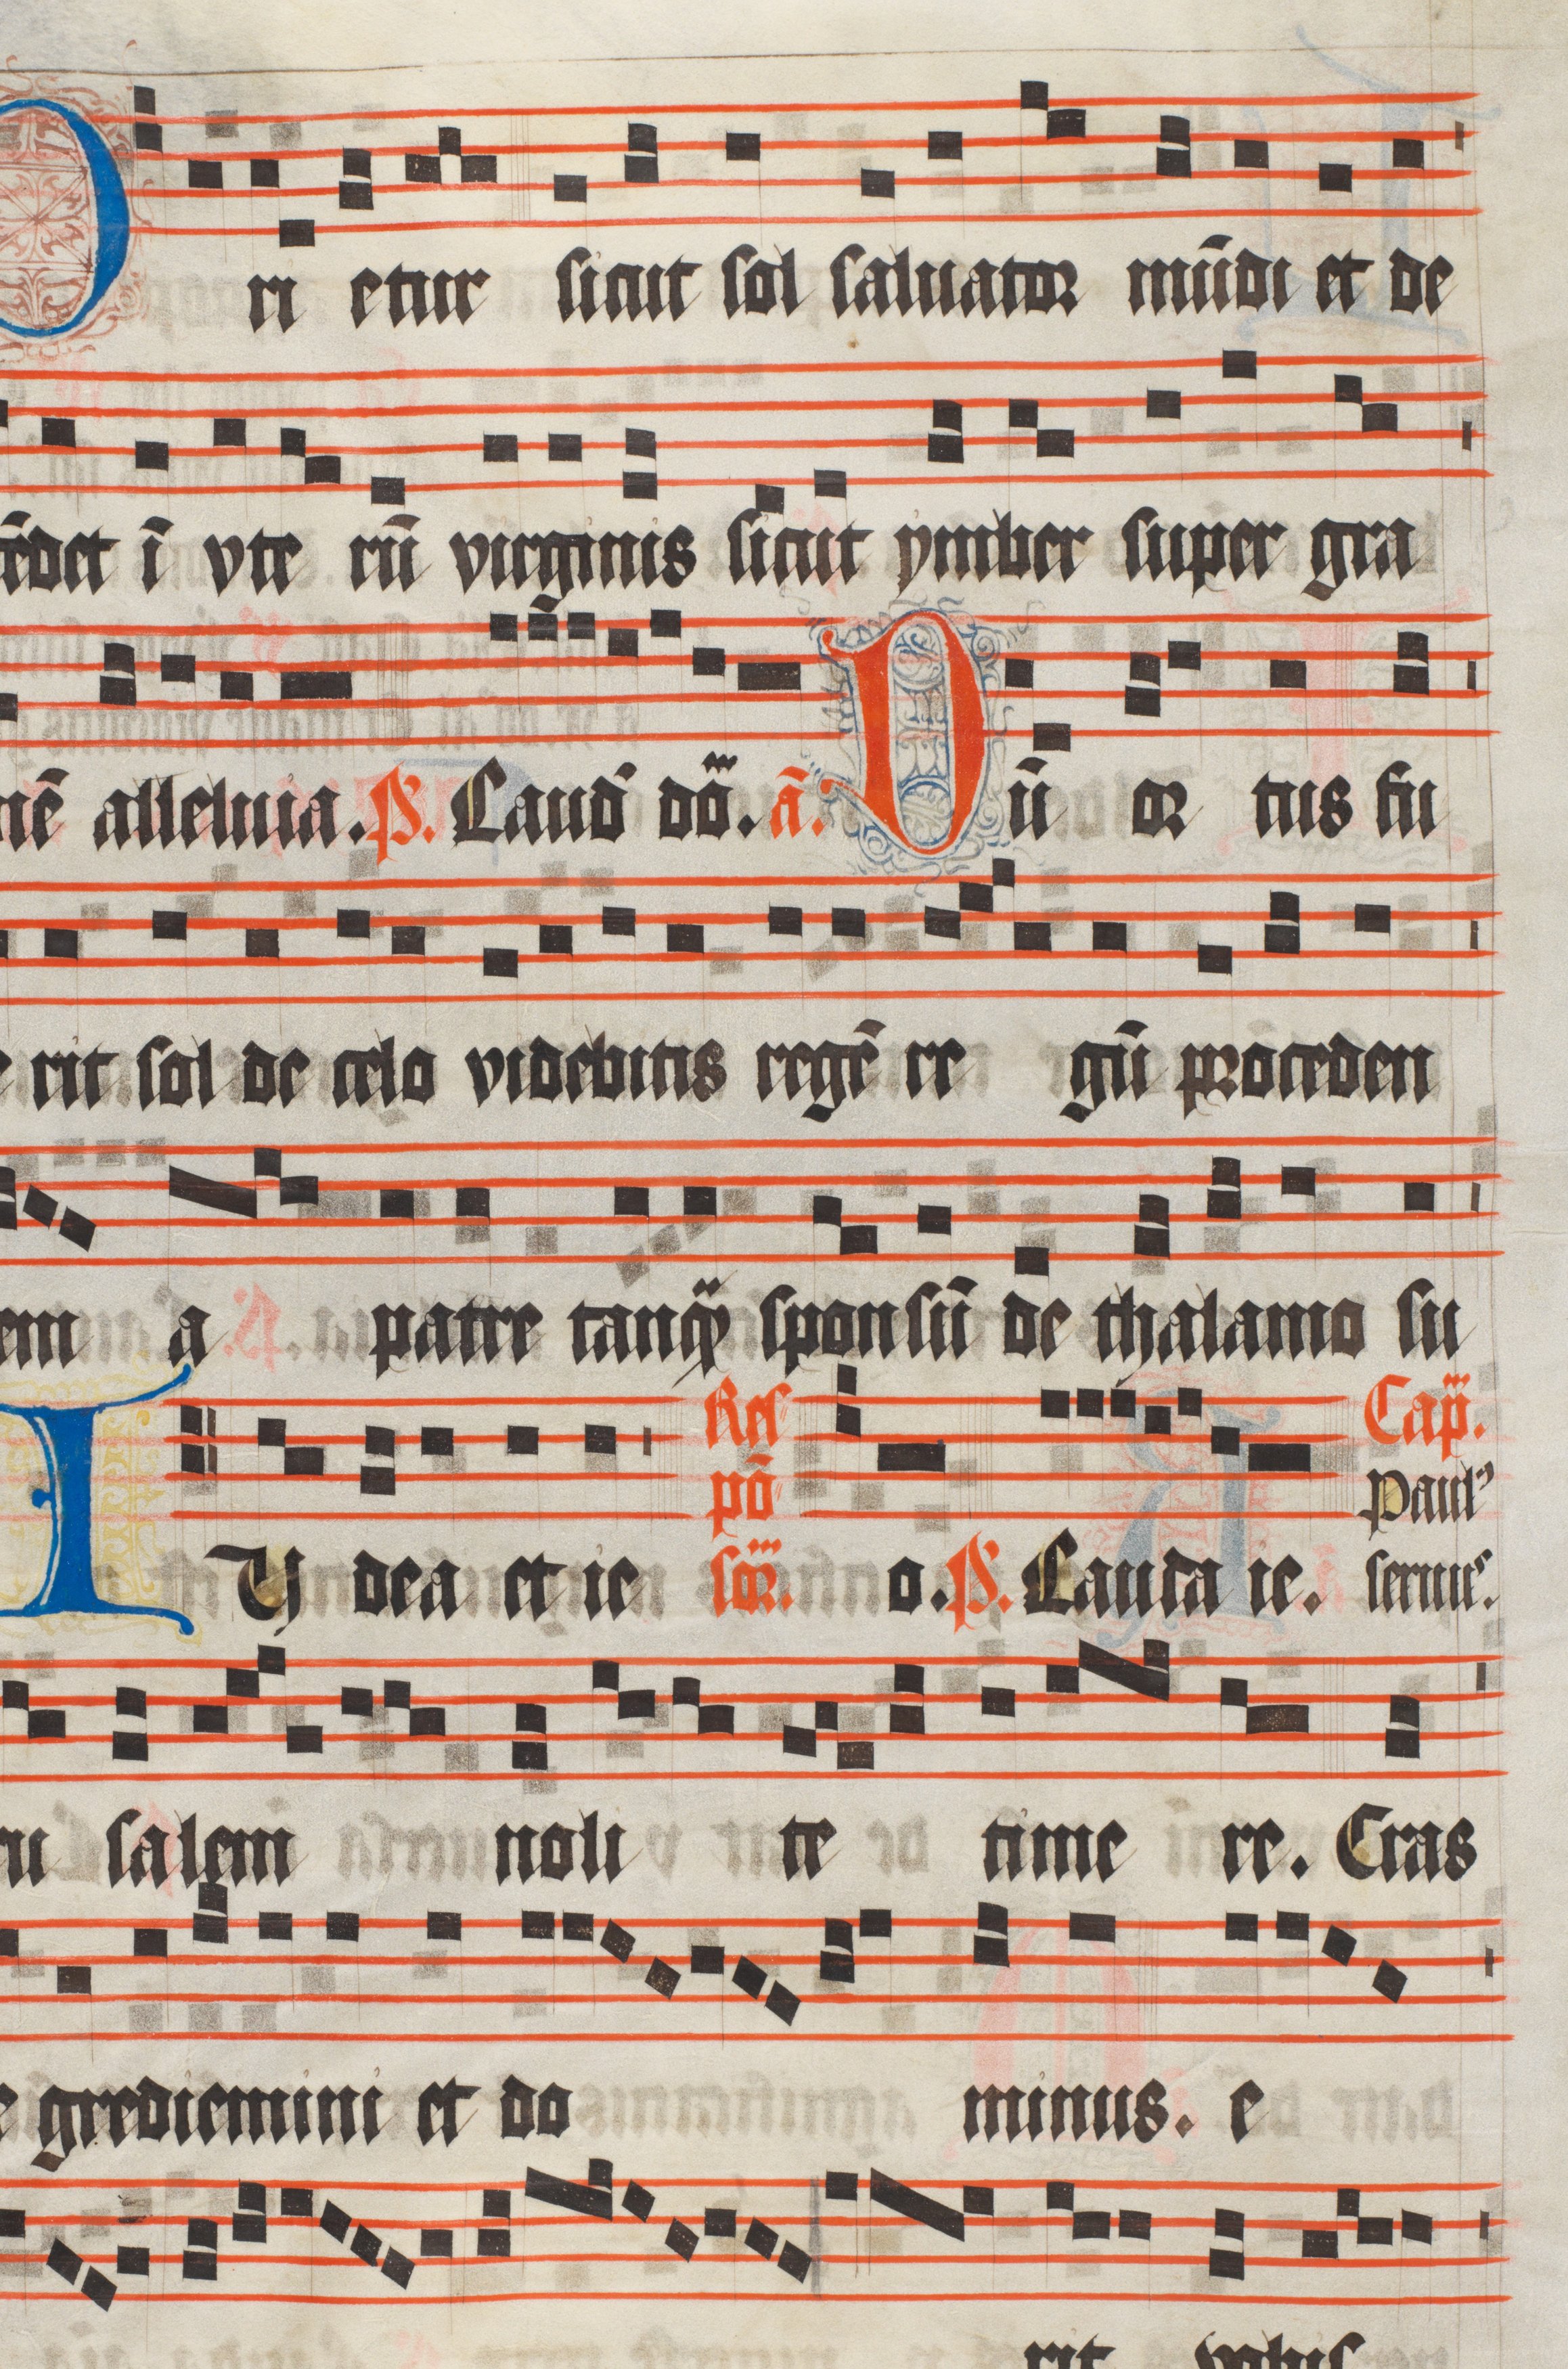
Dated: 1511–1517